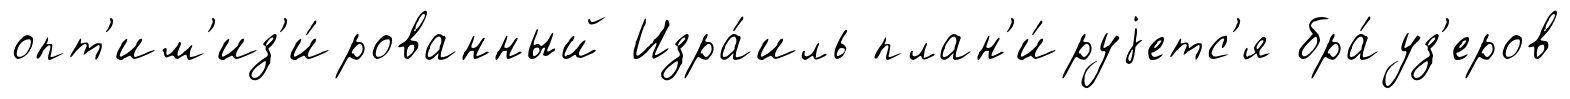
опт'им'из'и́рованный Изра́иль план'и́руjетс'я бра́уз'еров